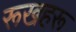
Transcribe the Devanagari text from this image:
रूखहरू